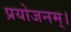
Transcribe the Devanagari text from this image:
प्रयोजनम्।